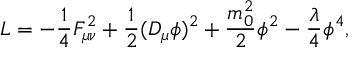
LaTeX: L = - \frac { 1 } { 4 } F _ { \mu \nu } ^ { 2 } + \frac { 1 } { 2 } ( D _ { \mu } \phi ) ^ { 2 } + \frac { m _ { 0 } ^ { 2 } } { 2 } \phi ^ { 2 } - \frac { \lambda } { 4 } \phi ^ { 4 } ,